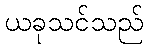
ယခုသင်သည်